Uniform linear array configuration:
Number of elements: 24
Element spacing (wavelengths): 0.25
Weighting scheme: kaiser
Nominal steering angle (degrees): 30
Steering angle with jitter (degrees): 29.031
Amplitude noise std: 0.05
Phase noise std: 0.05

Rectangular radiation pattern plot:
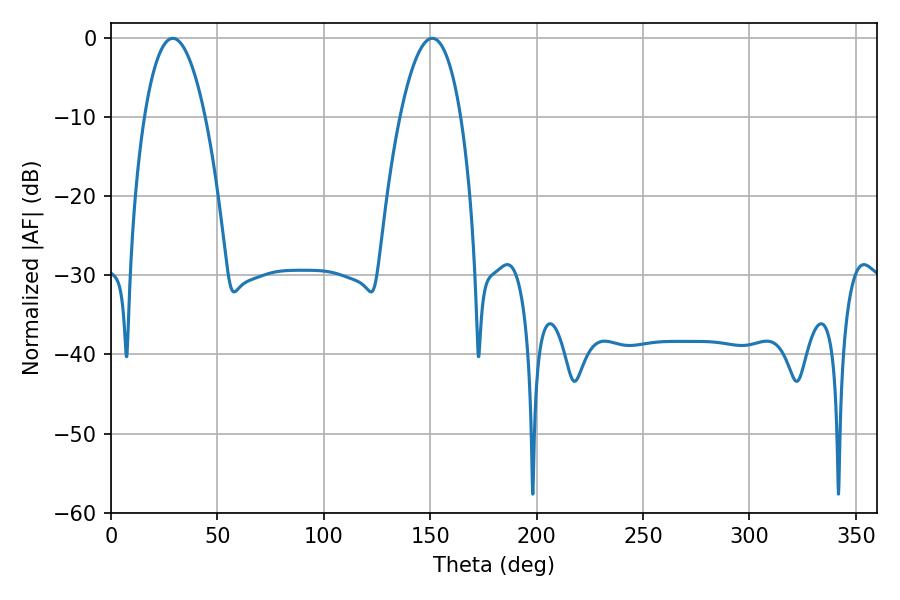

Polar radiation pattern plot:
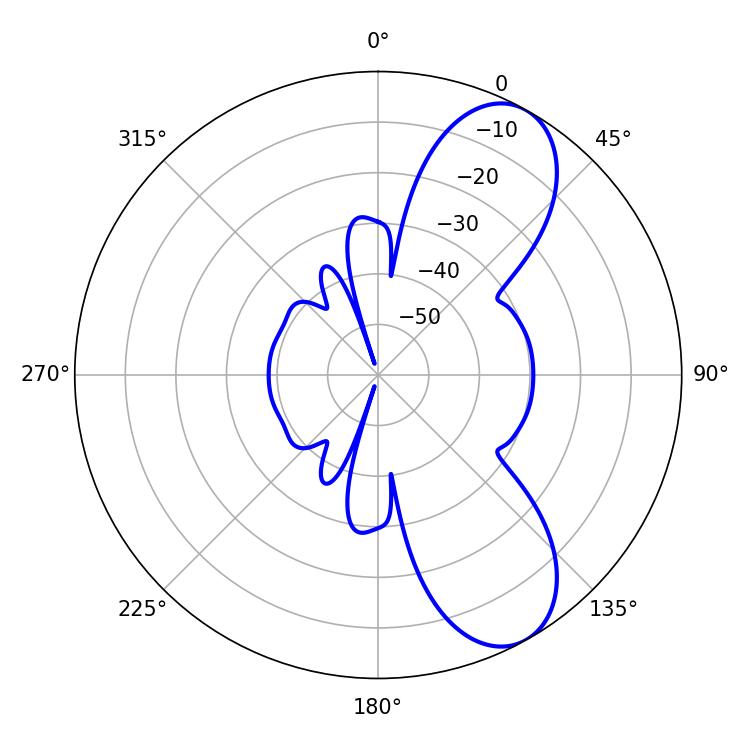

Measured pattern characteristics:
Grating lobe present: FALSE
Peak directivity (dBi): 8.387
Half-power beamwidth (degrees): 15.84
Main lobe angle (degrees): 28.98